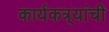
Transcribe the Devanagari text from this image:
कार्यकत्र्यांची